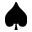
\spadesuit